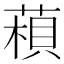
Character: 𦹶